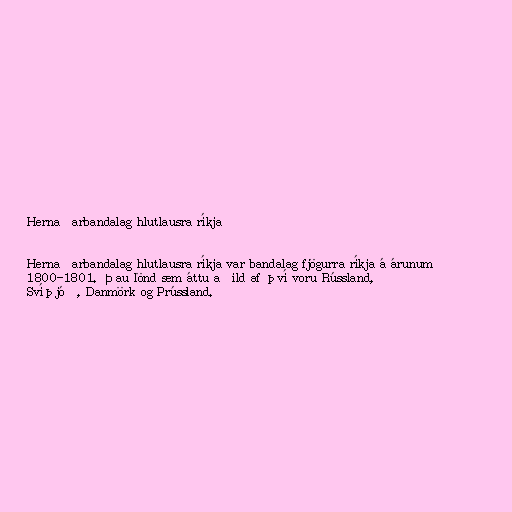
Hernaðarbandalag hlutlausra ríkja

Hernaðarbandalag hlutlausra ríkja var bandalag fjögurra ríkja á árunum
1800-1801. Þau lönd sem áttu aðild af því voru Rússland,
Svíþjóð, Danmörk og Prússland.